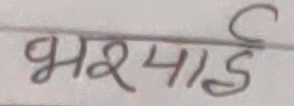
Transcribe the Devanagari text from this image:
भरपाई